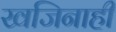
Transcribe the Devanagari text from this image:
खजिनाही